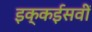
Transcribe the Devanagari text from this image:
इक्कईसवीं